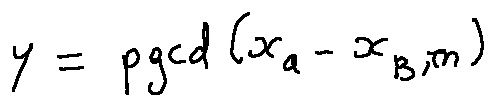
y = p g c d ( x _ { a } - x _ { b } , n )